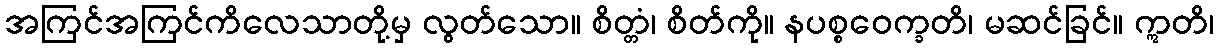
အကြင်အကြင်ကိလေသာတို့မှ လွတ်သော။ စိတ္တံ၊ စိတ်ကို။ နပစ္စဝေက္ခတိ၊ မဆင်ခြင်။ ဣတိ၊